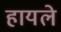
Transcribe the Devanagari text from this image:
हायले